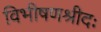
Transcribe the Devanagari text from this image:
विभीषणश्रीदः